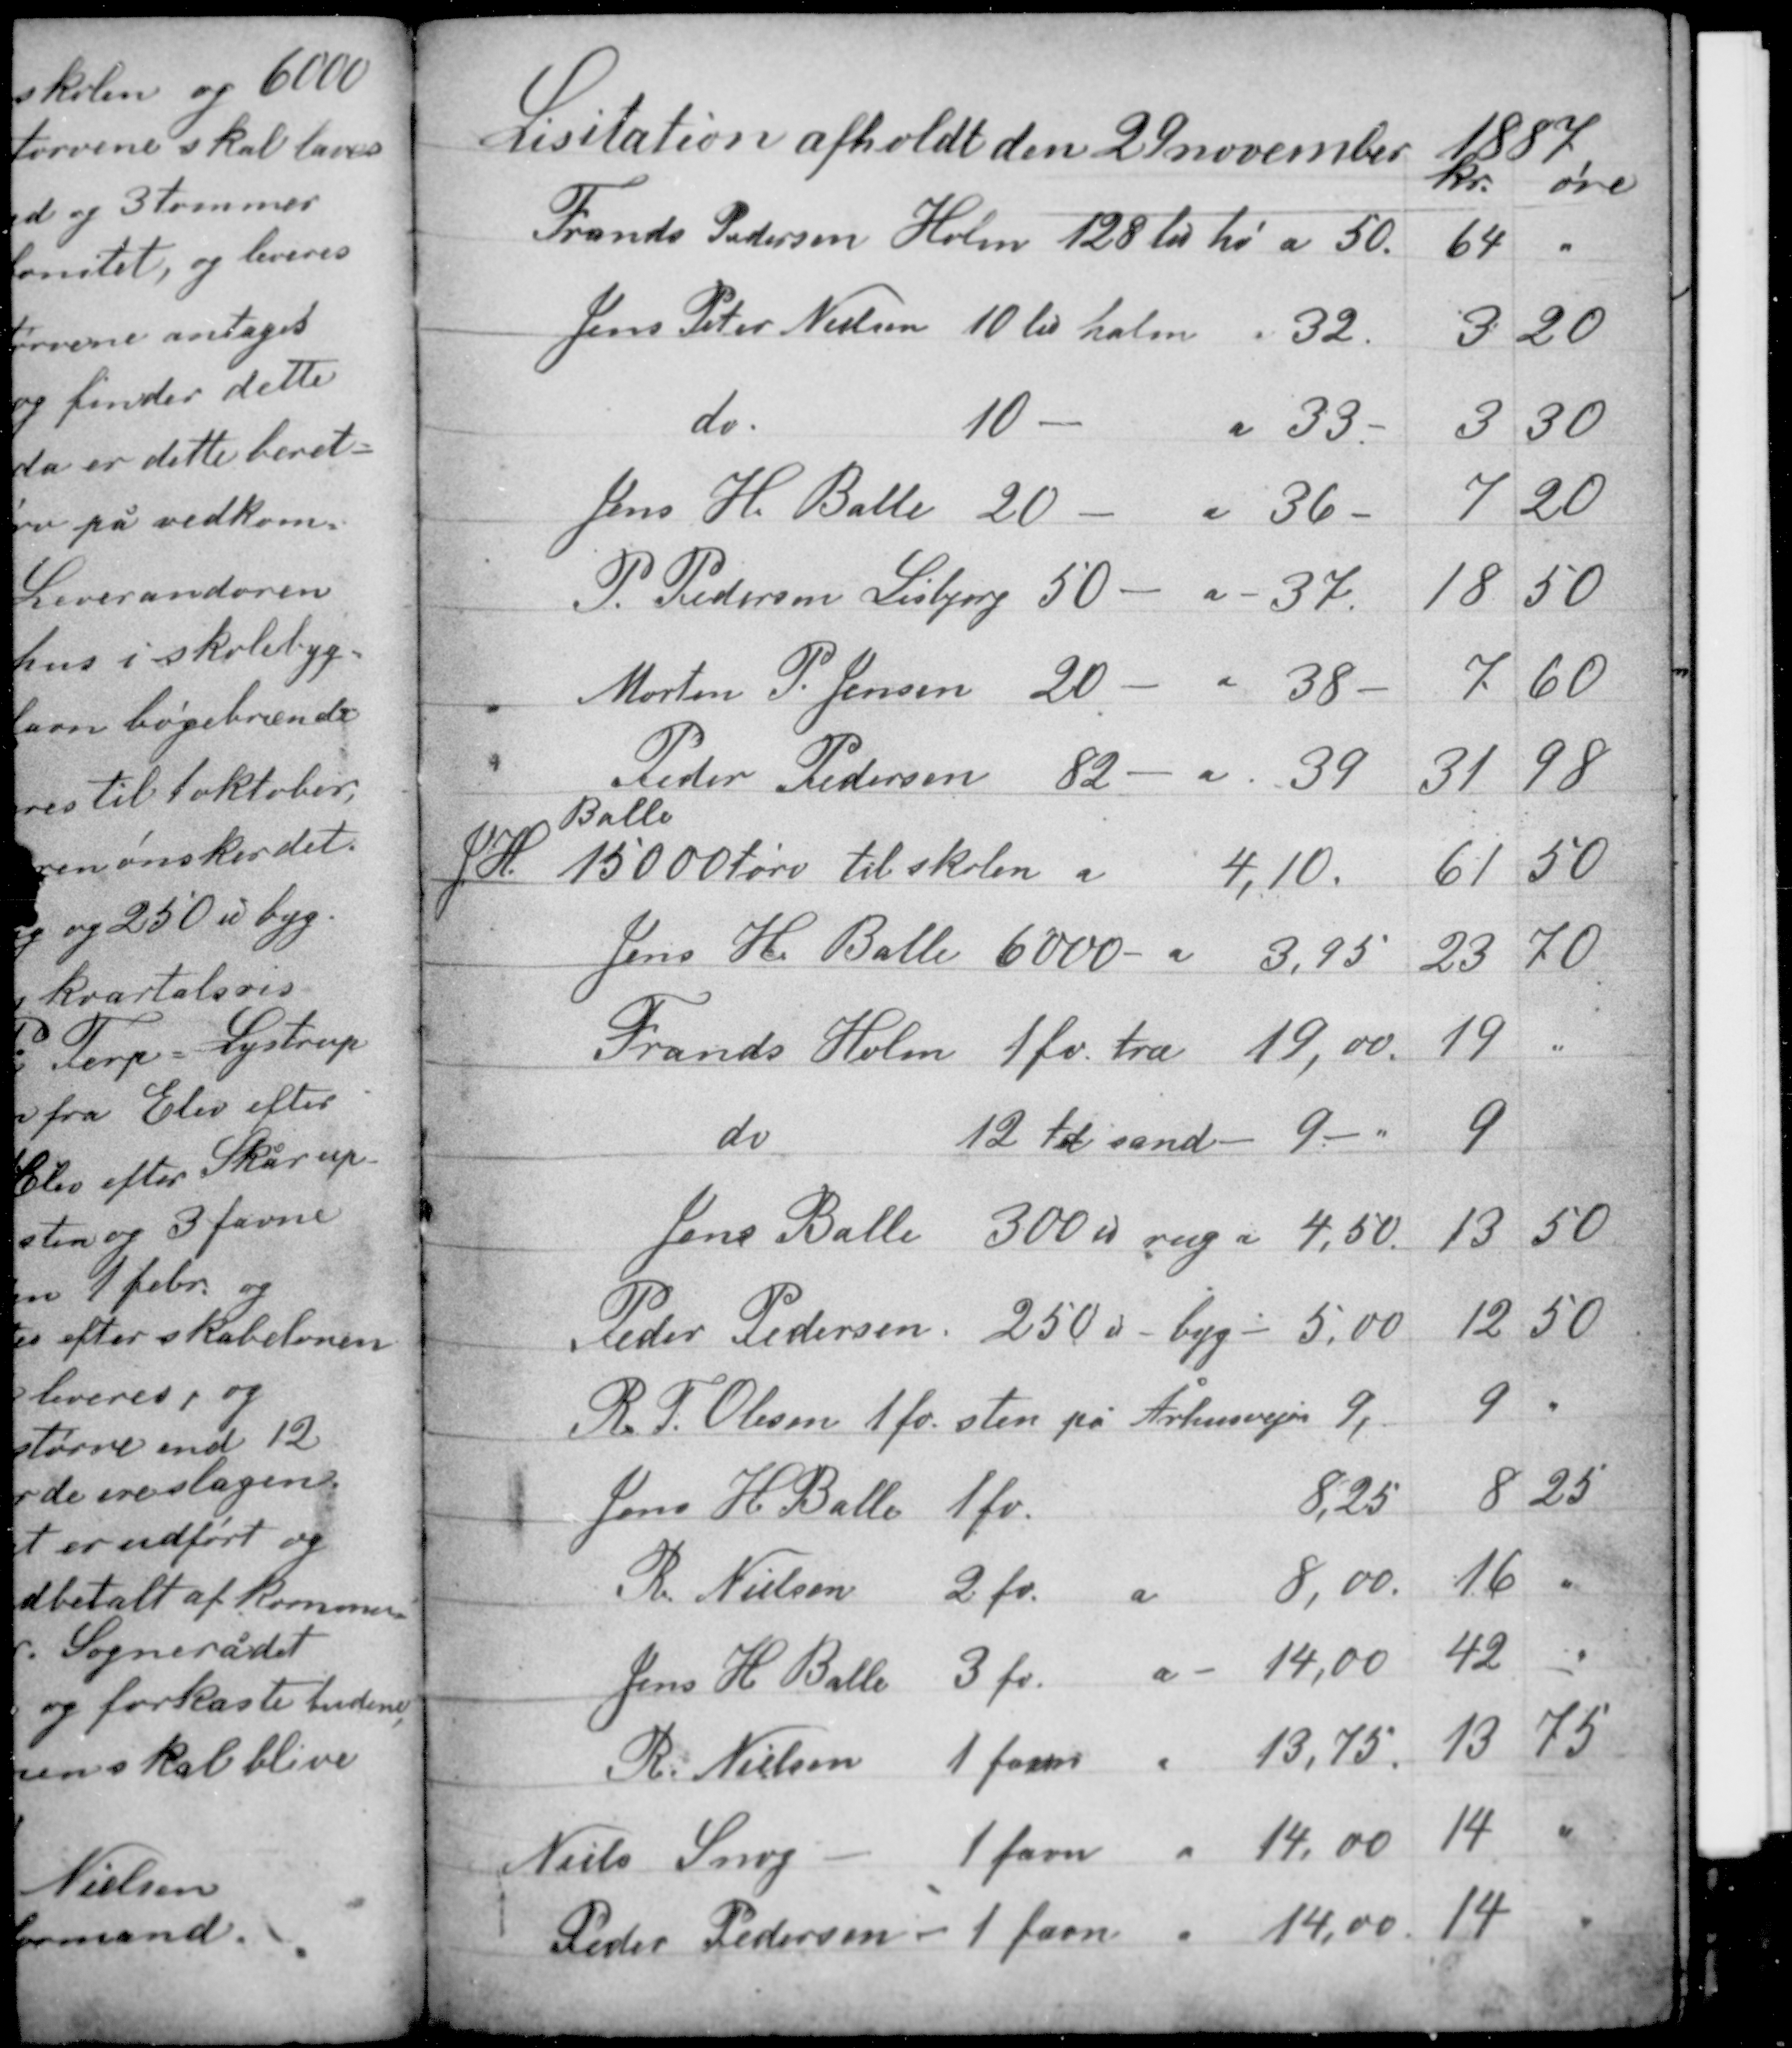
Transskription:
Lisitation afholdt den 29 november 1887